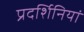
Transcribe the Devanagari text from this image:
प्रदर्शिनियां